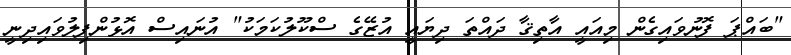
"ބައްޕަ ފޮނުވައިގެން މިއައީ އާތިޤާ ދައްތަ ދިޔައީ އުޒޭގެ ސްކޫލުކަމަކު" އުނައިސް އޮޅުންފިލުވައިދިނީ